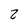
Character: 2